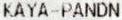
KAYA-PANDN